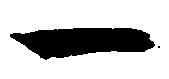
一